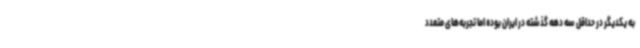
به یکدیگر در حداقل سه دهه گذشته در ایران بوده اما تجربه‌های متعدد